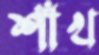
শাঁখ